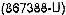
(867388-U)